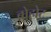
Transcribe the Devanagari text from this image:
बोहोट